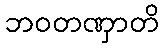
ဘဝတဏှာတိ